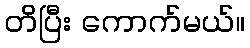
တိပြီး ကောက်မယ်။